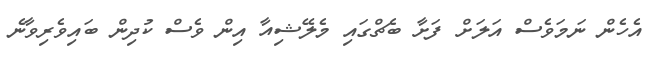
އެހެން ނަމަވެސް އަލަށް ފަށާ ބެޗްގައި މެލޭޝިއާ އިން ވެސް ކުދިން ބައިވެރިވާނެ